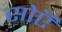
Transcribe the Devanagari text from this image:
सोएँ